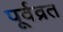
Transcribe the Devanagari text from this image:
पूर्वव्रत